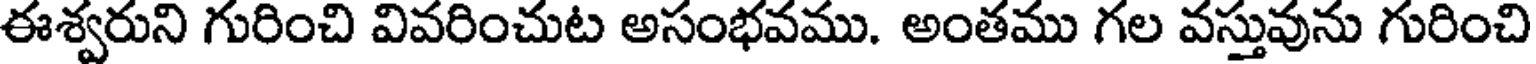
ఈశ్వరుని గురించి వివరించుట అసంభవము. అంతము గల వస్తువును గురించి